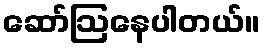
ဆော်ဩနေပါတယ်။